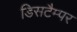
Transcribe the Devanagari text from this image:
डिसटैम्पर